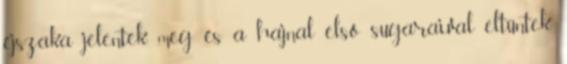
éjszaka jelentek meg és a hajnal első sugaraival eltűntek.